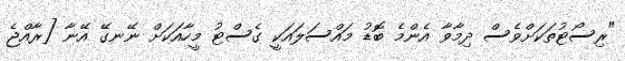
"ރިސޯޓުތަކަށްވެސް ދިމާވާ އެންމެ ބޮޑު މައްސަލައަކީ ގެސްޓު މީހާއަކަށް ނޭނގޭ އޭނާ [ރާއްޖެ